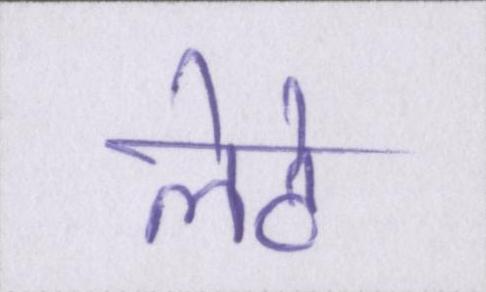
लेटे